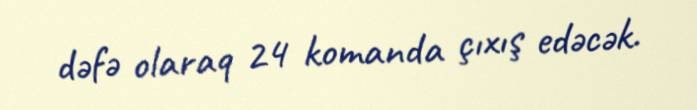
dəfə olaraq 24 komanda çıxış edəcək.